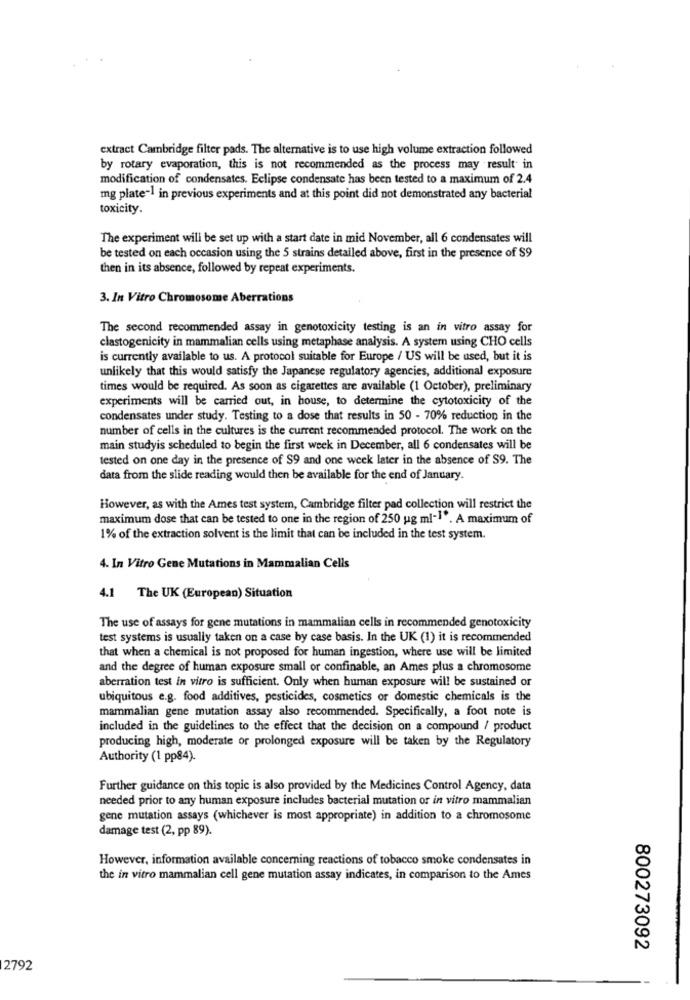
extract Cambridge filter pads. The alternative is to use high volume extraction followed
by rotary evaporation, this is not recommended as the process may result in
modification of condensates. Eclipse condensate has been tested to a maximum of 2.4
mg plate-1 in previous experiments and at this point did not demonstrated any bacterial
toxicity.
The experiment will be set up with a start date in mid November, all 6 condensates will
be tested on each occasion using the 5 strains detailed above, first in the presence of $9
then in its absence, followed by repeat experiments.
3. In Vitro Chromosome Aberrations
The second recommended assay in genotoxicity testing is an in vitro assay for
clastogenicity in mammalian cells using metaphase analysis. A system using CHO cells
is currently available to us. A protocol suitable for Europe / US will be used, but it is
unlikely that this would satisfy the Japanese regulatory agencies, additional exposure
times would be required. As soon as cigarettes are available (1 October), preliminary
experiments will be carried out, in house, to determine the cytotoxicity of the
condensates under study. Testing to a dose that results in 50 - 70% reduction in the
number of cells in the cultures is the current recommended protocol. The work on the
main studyis scheduled to begin the first week in December, all 6 condensates will be
tested on one day in the presence of $9 and one week later in the absence of S9. The
data from the slide reading would then be available for the end of January.
However, as with the Ames test system, Cambridge filter pad collection will restrict the
maximum dose that can be tested to one in the region of 250 ug ml"1 ". A maximum of
1% of the extraction solvent is the limit that can be included in the test system.
4. In Vitro Gene Mutations in Mammalian Cells
4.1 The UK (European) Situation
The use of assays for gene mutations in mammalian cells in recommended genotoxicity
test systems is usually taken on a case by case basis. In the UK (1) it is recommended
that when a chemical is not proposed for human ingestion, where use will be limited
and the degree of human exposure small or confinable, an Ames plus a chromosome
aberration test in vitro is sufficient. Only when human exposure will be sustained or
ubiquitous e.g. food additives, pesticides, cosmetics or domestic chemicals is the
mammalian gene mutation assay also recommended. Specifically, a foot note is
included in the guidelines to the effect that the decision on a compound / product
producing high, moderate or prolonged exposure will be taken by the Regulatory
Authority (1 pp84).
Further guidance on this topic is also provided by the Medicines Control Agency, data
needed prior to any human exposure includes bacterial mutation or in vitro mammalian
gene mutation assays (whichever is most appropriate) in addition to a chromosome
damage test (2, pp 89).
However, information available concerning reactions of tobacco smoke condensates in
the in vitro mammalian cell gene mutation assay indicates, in comparison to the Ames
800273092
2792